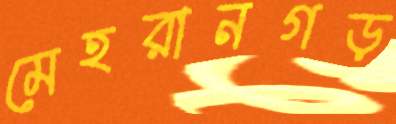
মেহরানগড়